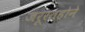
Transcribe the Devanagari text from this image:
जरूरतहोने